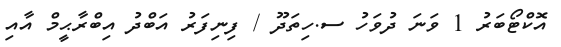
އޮކްޓޯބަރު 1 ވަނަ ދުވަހު ސ.ހިތަދޫ / ފިނިފަރު އަބްދު އިބްރާޙީމް އާއި